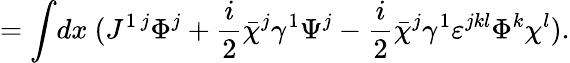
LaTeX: =\int\! dx~(J^{1~j}\Phi^{j}+{\frac{i}{2}}\bar{\chi}^{j}\gamma^{1}\Psi^{j}-{\frac{i}{2}}\bar{\chi}^{j}\gamma^{1}\varepsilon^{jkl}\Phi^{k}\chi^{l}).